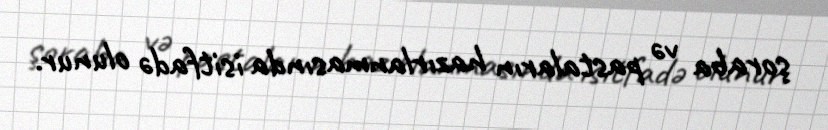
şoraba və pastaların hazırlanmasında isitfadə olunur.